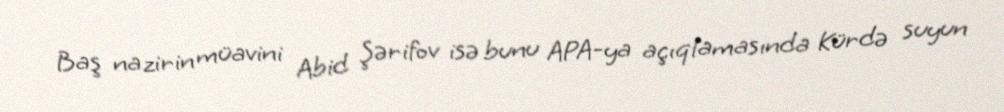
Baş nazirin müavini Abid Şərifov isə bunu APA-ya açıqlamasında Kürdə suyun